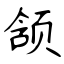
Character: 颔